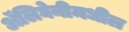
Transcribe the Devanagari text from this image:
ॲलिघेनीमधील